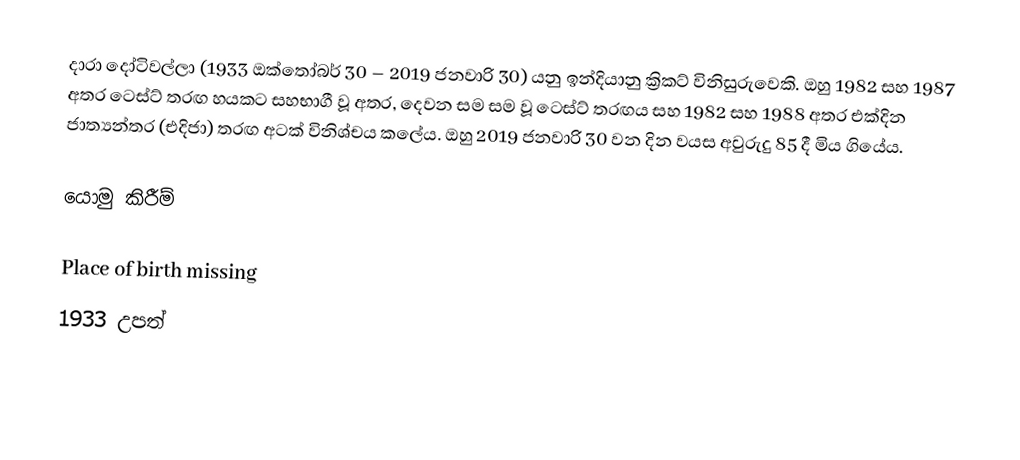
දාරා දෝටිවල්ලා (1933 ඔක්තෝබර් 30 – 2019 ජනවාරි 30) යනු ඉන්දියානු ක්‍රිකට් විනිසුරුවෙකි. ඔහු 1982 සහ 1987 අතර ටෙස්ට් තරඟ හයකට සහභාගී වූ අතර, දෙවන සම සම වූ ටෙස්ට් තරඟය සහ 1982 සහ 1988 අතර එක්දින ජාත්‍යන්තර (එදිජා) තරඟ අටක් විනිශ්චය කලේය. ඔහු 2019 ජනවාරි 30 වන දින වයස අවුරුදු 85 දී මිය ගියේය.

යොමු කිරීම්

Place of birth missing
1933 උපත්